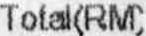
TOTAL(RM)